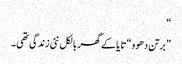
“
”برتن دھوو “تا یا کے گھر بالکل نئی زندگی تھی ۔